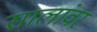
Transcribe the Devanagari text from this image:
सालांवर